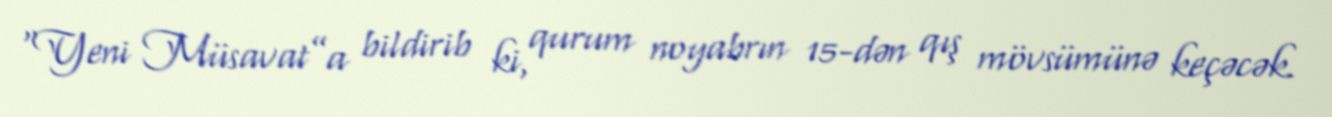
“Yeni Müsavat”a bildirib ki, qurum noyabrın 15-dən qış mövsümünə keçəcək.